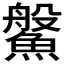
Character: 𩺓